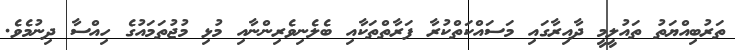
ތަރުބިއްޔަތު ތައުލީމީ ދާއިރާގައި މަސައްކަތްކުރާ ފަރާތްތަކާއި ބެލެނިވެރިންނާއި މުޅި މުޖުތަމައުގެ ހިއްސާ ދިނުމެވެ.